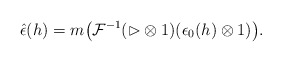
\begin{gather*}{\hat{\epsilon}}(h)=m\big(\mathcal{F}^{-1}(\rhd\otimes 1)({\epsilon_0}(h)\otimes1)\big).\end{gather*}